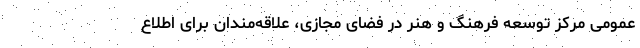
عمومی مرکز توسعه فرهنگ و هنر در فضای مجازی، علاقه‌مندان برای اطلاع